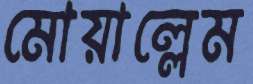
মোয়াল্লেম